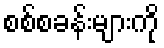
စစ်စခန်းများကို